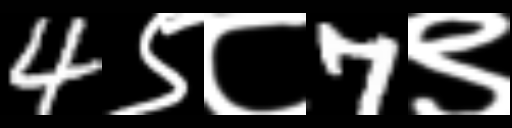
Text: 4९८7९